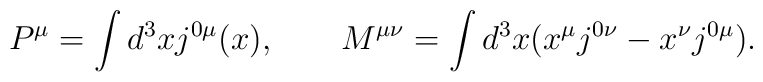
P^{\mu} = \int d^3x j^{0\mu}(x),\quad\quad M^{\mu\nu} = \int d^3x (x^{\mu} j^{0\nu} - x^{\nu} j^{0\mu}).